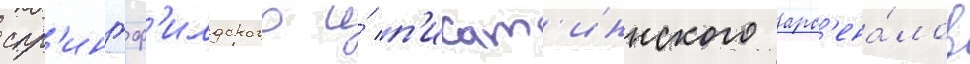
спр'ингф'илдского и́ п'икат'иннского арс'ена́лов